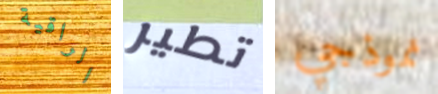
الراقية تطير نموذجي